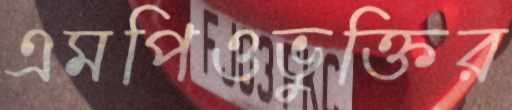
এমপিওভুক্তির